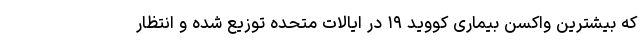
که بیشترین واکسن بیماری کووید ۱۹ در ایالات متحده توزیع شده و انتظار